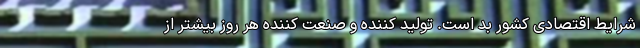
شرایط اقتصادی کشور بد است. تولید کننده و صنعت کننده هر روز بیشتر از